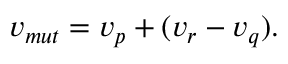
{ } v _ { m u t } = v _ { p } + ( v _ { r } - v _ { q } ) .